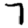
Digit: 7